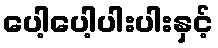
ပေါ့ပေါ့ပါးပါးနှင့်